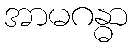
အာမဂန္ဓာ